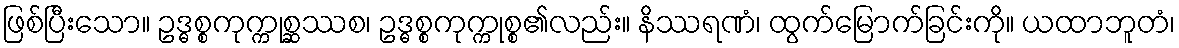
ဖြစ်ပြီးသော။ ဥဒ္ဓစ္စကုက္ကုစ္ဆဿစ၊ ဥဒ္ဓစ္စကုက္ကုစ္စ၏လည်း။ နိဿရဏံ၊ ထွက်မြောက်ခြင်းကို။ ယထာဘူတံ၊